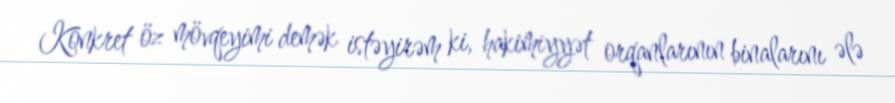
Konkret öz mövqeyimi demək istəyirəm ki, hakimiyyət orqanlarının binalarını ələ